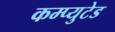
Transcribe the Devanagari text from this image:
कम्प्युटेड